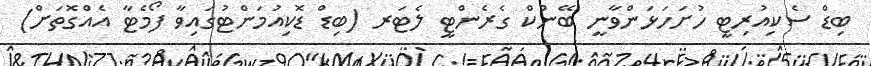
ބިޑް ސެކިއުރިޓީ ހުށަހަޅަންވާނީ ބޭންކް ގެރެންޓީ ލެޓަރ (ބިޑް ޑޮކިއުމަންޓުގައިވާ ފޯމެޓާ އެއްގޮތަށް)